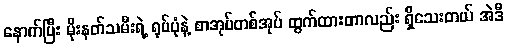
နောက်ပြီး မိုးနတ်သမီးရဲ့ ရုပ်ပုံနဲ့ စာအုပ်တစ်အုပ် ထွက်ထားတာလည်း ရှိသေးတယ် အဲဒီ